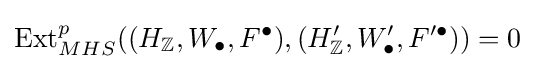
\operatorname {Ext} _{MHS}^{p}((H_{\mathbb {Z} },W_{\bullet },F^{\bullet }),(H_{\mathbb {Z} }',W_{\bullet }',F'^{\bullet }))=0